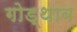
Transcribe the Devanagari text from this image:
गोड्थाब